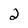
Character: 2